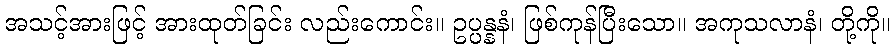
အသင့်အားဖြင့် အားထုတ်ခြင်း လည်းကောင်း။ ဥပ္ပန္နနံ၊ ဖြစ်ကုန်ပြီးသော။ အကုသလာနံ၊ တို့ကို။